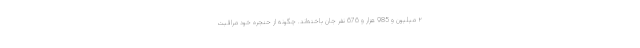
۲ میلیون و 985 هزار و 676 نفر جان باخته‌اند. چگونه از حنجره خود مراقبت